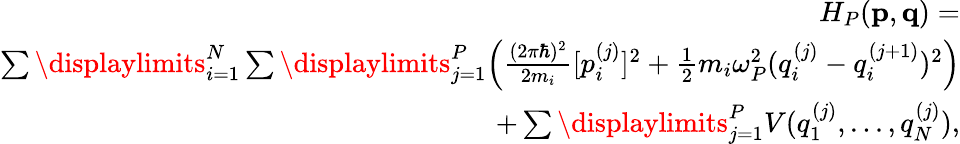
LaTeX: \begin{array}{r}{H_{P}(\mathbf{p},\mathbf{q})=}\\ {\sum\displaylimits_{i=1}^{N}\sum\displaylimits_{j=1}^{P}\Big(\frac{(2\pi\hbar)^{2}}{2m_{i}}[p_{i}^{(j)}]^{2}+\frac{1}{2}m_{i}\omega_{P}^{2}(q_{i}^{(j)}-q_{i}^{(j+1)})^{2}\Big)}\\ {+\sum\displaylimits_{j=1}^{P}V(q_{1}^{(j)},...,q_{N}^{(j)}),}\end{array}